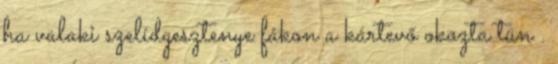
ha valaki szelídgesztenye fákon a kártevő okozta tün .